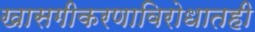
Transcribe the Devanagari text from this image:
खासगीकरणाविरोधातही